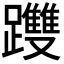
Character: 𨇯